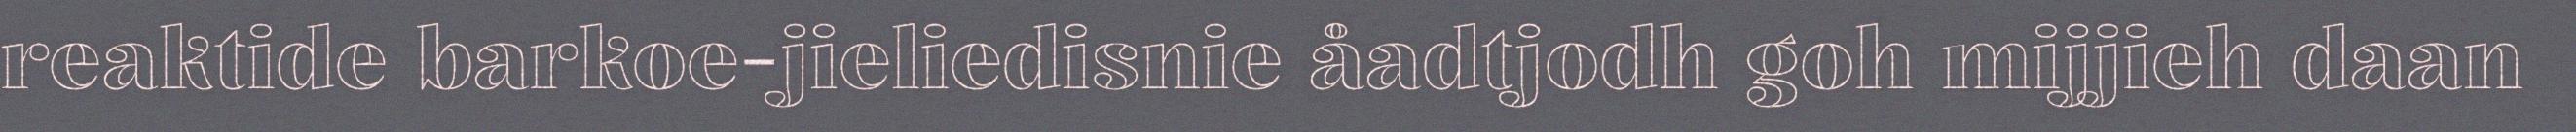
reaktide barkoe-jieliedisnie åadtjodh goh mijjieh daan